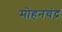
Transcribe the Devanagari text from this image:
मोहनचंद्र